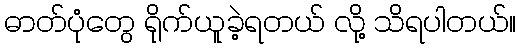
ဓာတ်ပုံတွေ ရိုက်ယူခဲ့ရတယ် လို့ သိရပါတယ်။